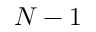
N - 1